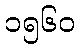
၁၅၆၀